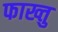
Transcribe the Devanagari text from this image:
फाख्तु